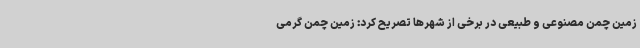
زمین چمن مصنوعی و طبیعی در برخی از شهرها تصریح کرد: زمین چمن گرمی